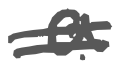
Text: a
Cross-out: mix
Writing tool: digital_gray